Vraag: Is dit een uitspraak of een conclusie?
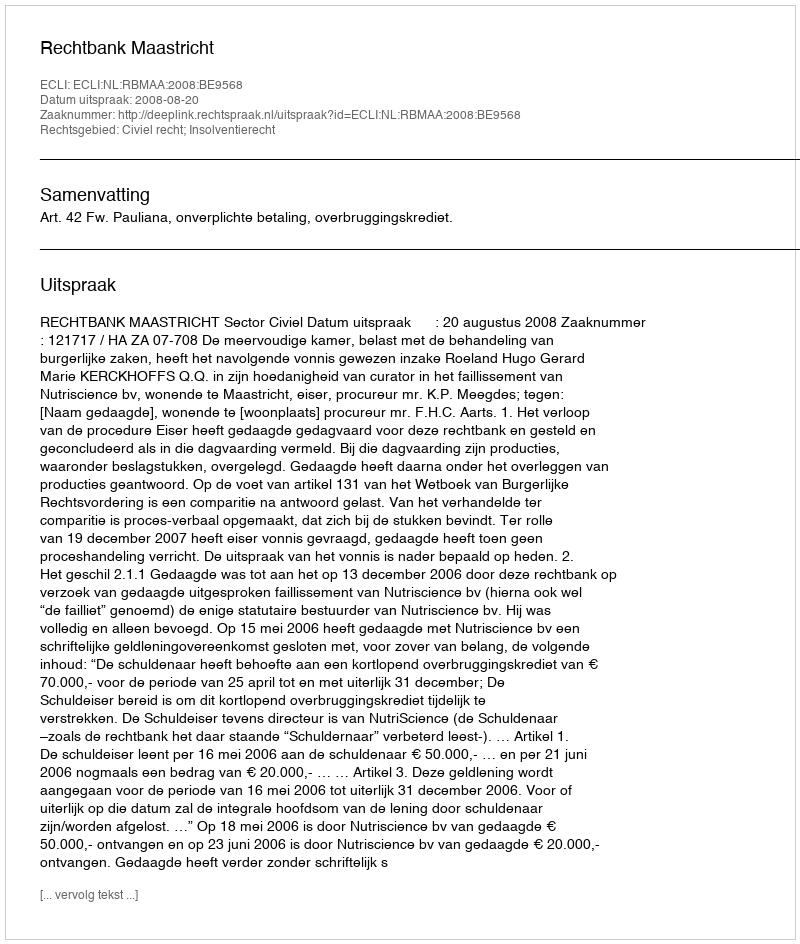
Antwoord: Uitspraak